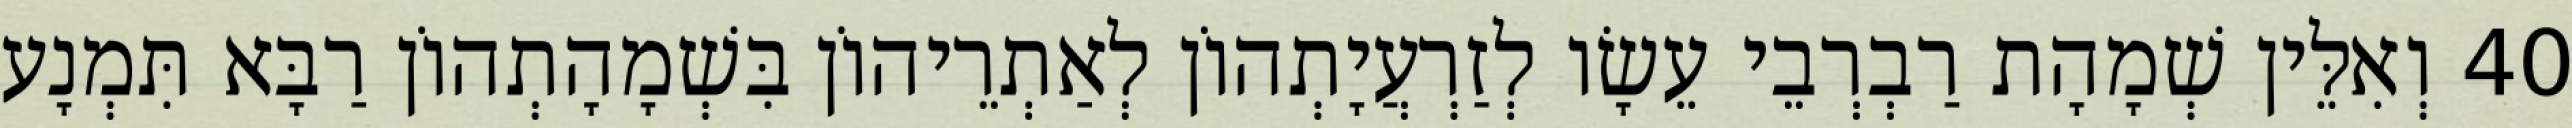
40 וְאִלֵּין שְׁמָהָת רַבְרְבֵי עֵשָׂו לְזַרְעֲיָתְהוֹן לְאַתְרֵיהוֹן בִּשְׁמָהָתְהוֹן רַבָּא תִּמְנָע